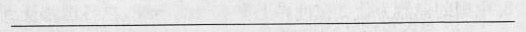
___